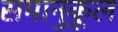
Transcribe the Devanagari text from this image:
समानुकूल